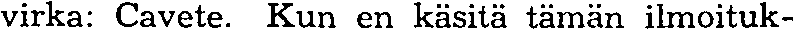
virka: Cavete. Kun en käsitä tämän ilmoituk-